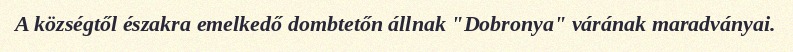
A községtől északra emelkedő dombtetőn állnak "Dobronya" várának maradványai.